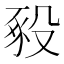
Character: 𧰵